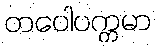
တပေါပက္ကမာ